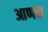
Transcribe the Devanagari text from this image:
आणवा